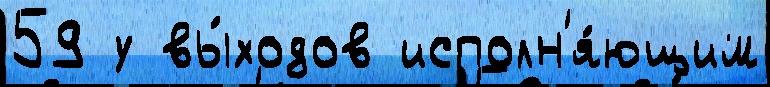
59 у вы́ходов исполн'я́ющим